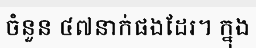
ចំនួន ៤៧នាក់ផងដែរ។ ក្នុង